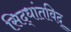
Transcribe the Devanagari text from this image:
सिद्धांतविद्